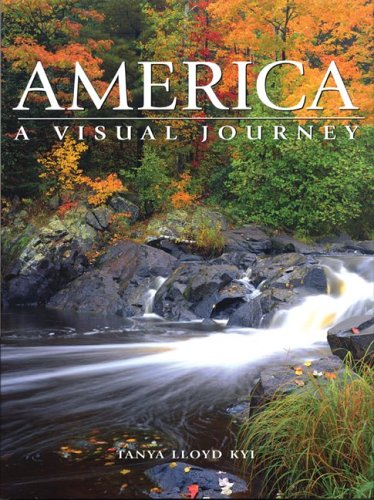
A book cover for America: A Visual Journey; Tanya Lloyd Kyi; Arts & Photography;